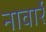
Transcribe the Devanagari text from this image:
नावार्रे